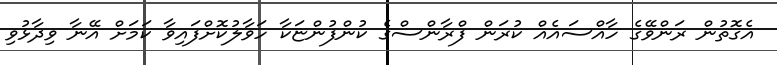
އެގޮތުން ރަންވޭގެ ހާއްސައެއް ކުރަން ފްރާންސްގެ ކުންފުންޏަކާ ހަވާލުކޮށްފައިވާ ކަމަށް އޭނާ ވިދާޅުވި